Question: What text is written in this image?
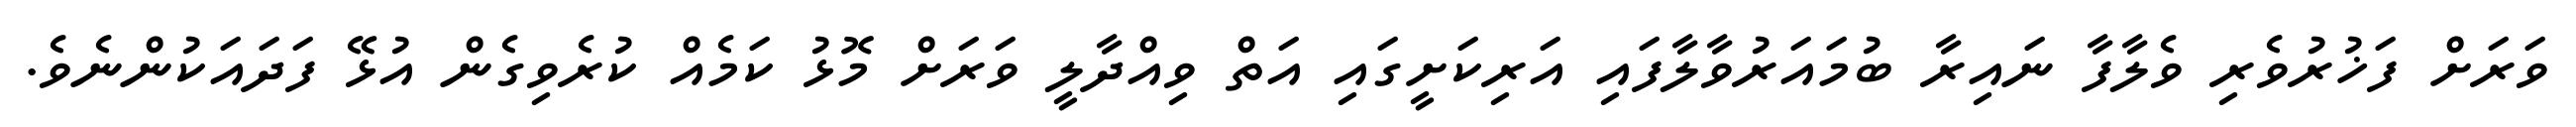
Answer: ވަރަށް ފަޚުރުވެރި ވެލާފާ ނައިރާ ބުމައަރުވާލާފައި އަރިކަށީގައި އަތް ވިއްދާލީ ވަރަށް މޮޅު ކަމެއް ކުރެވިގެން އުޅޭ ފަދައަކުންނެވެ.